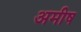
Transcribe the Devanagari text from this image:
अमीष